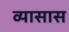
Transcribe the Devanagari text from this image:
व्यासास